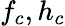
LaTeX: f_{c},h_{c}